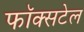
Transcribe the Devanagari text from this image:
फॉक्‍सटेल